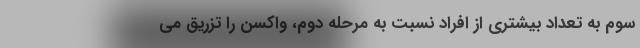
سوم به تعداد بیشتری از افراد نسبت به مرحله دوم، واکسن را تزریق می